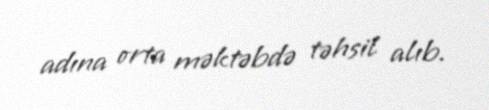
adına orta məktəbdə təhsil alıb.